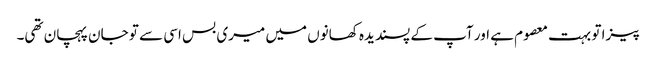
پیزا تو بہت معصوم ہے اور آپ کے پسندیدہ کھانوں میں میری بس اسی سے تو جان پہچان تھی۔